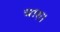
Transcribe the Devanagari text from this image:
चारु।